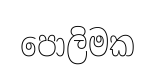
පොලිමක